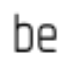
be